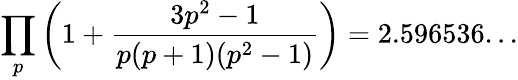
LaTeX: \prod_{p}\left(1+{\frac{3p^{2}-1}{p(p+1)(p^{2}-1)}}\right)=2.596536...